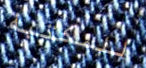
للمكتبة